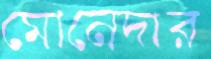
মোনেদার